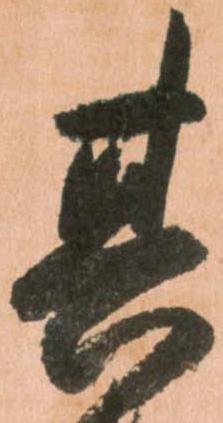
其